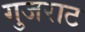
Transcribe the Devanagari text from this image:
गुजराट